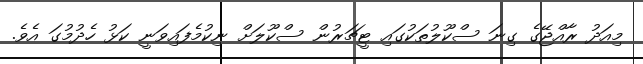
މިއަދު ރާއްޖޭގެ ގިނަ ސްކޫލުތަކުގައި ޓީޗަރުން ސްކޫލަށް ނިކުމެފައިވަނީ ކަޅު ހެދުމުގަ އެވެ.